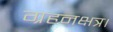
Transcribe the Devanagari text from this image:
ग्रहनक्षत्र।